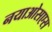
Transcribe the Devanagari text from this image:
नयाओसएस